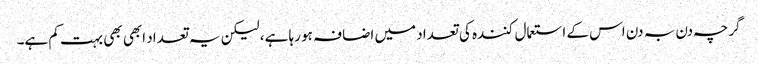
گرچہ دن بہ دن اس کے استعمال کنندہ کی تعداد میں اضافہ ہو رہا ہے، لیکن یہ تعداد ابھی بھی بہت کم ہے۔